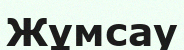
Жұмсау